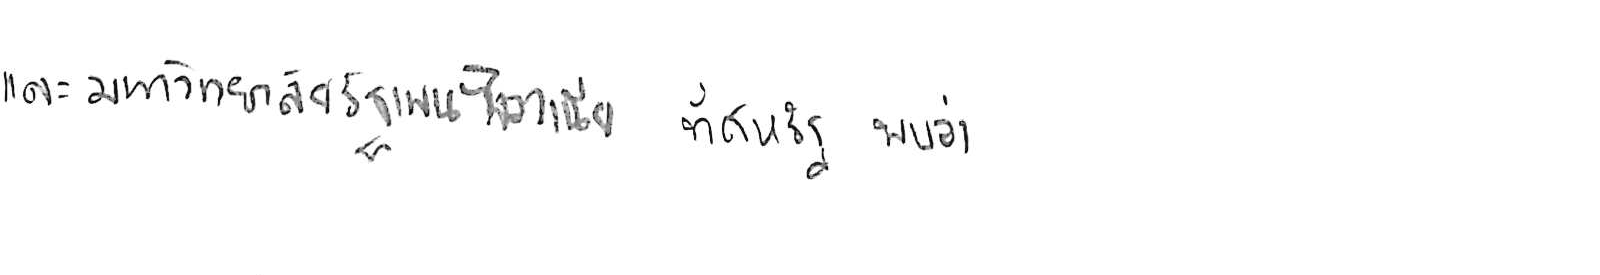
และมหาวิทยาลัยรัฐเพนซิลวาเนีย ที่สหรัฐ พบว่า